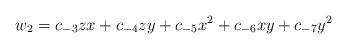
LaTeX: \begin{align*}w_{2} = c_{-3} zx + c_{-4} zy + c_{-5} x^2 + c_{-6}xy + c_{-7} y^2\end{align*}